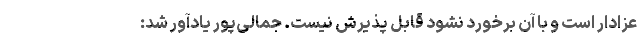
عزادار است و با آن برخورد نشود قابل پذیرش نیست. جمالی‌پور یادآور شد: